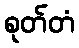
စုတ်တံ